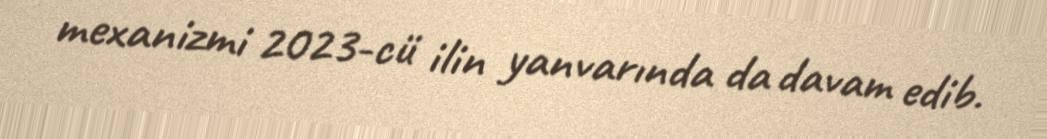
mexanizmi 2023-cü ilin yanvarında da davam edib.